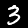
Digit: 3